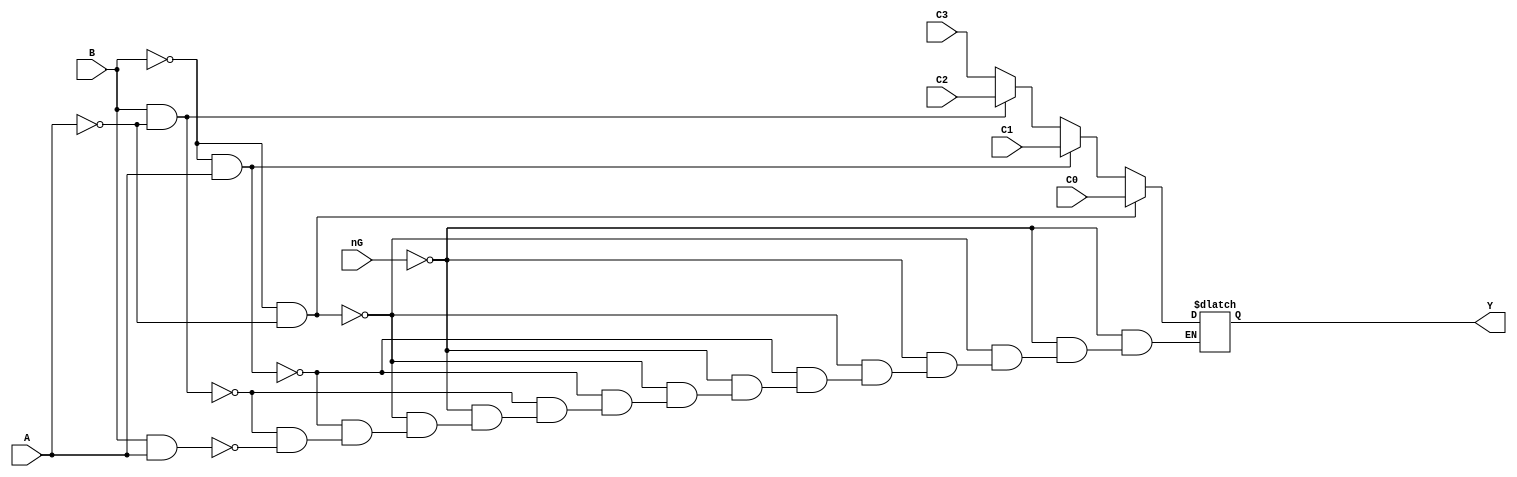
/* David Martinez Garcia
* B34019
* Escuela de Ingenieria Electrica
* Universidad de Costa Rica
* Circuitos Digitales II
*/

`timescale 1ns/100ps
//SN74LS253
module MUX(B,A,C0,C1,C2,C3,nG,Y);
	input B,A,C0,C1,C2,C3,nG;
	output reg Y;
//	always@(B or A or C0 or C1 or C2 or C3 or nG) begin
	always@(*) begin
		if(nG)
			Y = 1'bz;
		else if(~B & ~A)
			Y = C0;
		else if(~B & A)
			Y = C1;
		else if(B & ~A)
			Y = C2;
		else if(B & A)
			Y = C3;
	end
/*
	specify
		specparam tPLHData = 6;
		specparam tPHLData = 6;
		specparam tPLHSelc = 11.5;
		specparam tPHLSelc = 12;
		specparam tPZH = 11;
		specparam tPZL = 12;
		specparam tPHZ = 6.5;
		specparam tPLZ = 10;
		
		(C0,C1,C2,C3 *> Y) =(tPLHData,tPHLData);
		(B,A *> Y) =(tPLHSelc,tPHLSelc);
		(nG => Y) = (0,0,tPLZ,tPZH,tPHZ,tPZL);
	endspecify
*/
endmodule